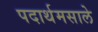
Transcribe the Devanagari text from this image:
पदार्थमसाले